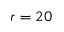
r = 2 0